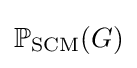
\mathbb {P} _{\text{SCM}}(G)